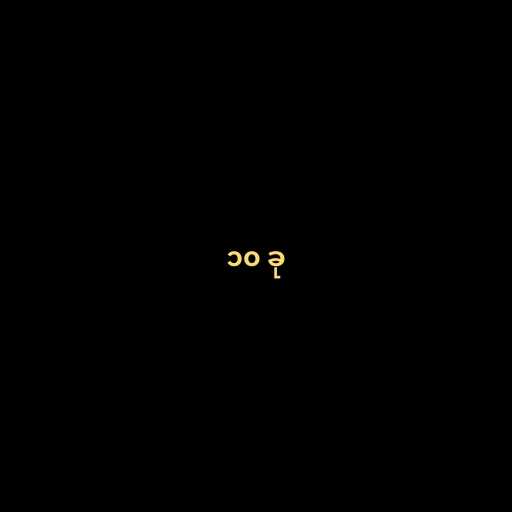
၁၀ ခု